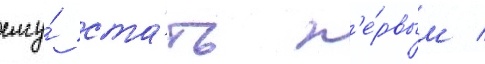
ему́ ста́ть п'е́рвым /